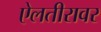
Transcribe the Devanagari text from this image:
ऐलतीरावर